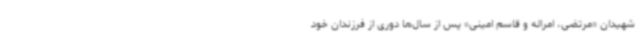
شهیدان «مرتضی، امراله و قاسم امینی» پس از سال‌ها دوری از فرزندان خود